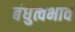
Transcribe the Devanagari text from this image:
बंधुत्वभाव